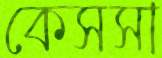
কেসসা